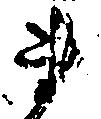
ま